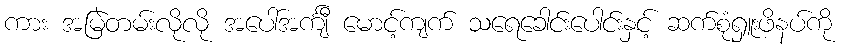
ကား အမြဲတမ်းလိုလို အပေါ်အင်္ကျီ မောင့်ကျက် သရေခေါင်းပေါင်းနှင့် ဆက်စုံရှူးဖိနပ်ကို